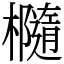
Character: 㰐